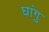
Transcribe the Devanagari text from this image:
घांगु